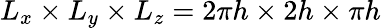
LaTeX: L_{x}\times L_{y}\times L_{z}=2\pi h\times 2h\times\pi h